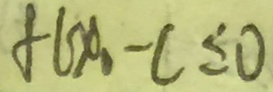
f l x _ { 1 } - c \leq 0